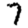
Digit: 7